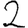
Digit: 2